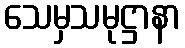
သေမှသမုဋ္ဌာနာ